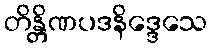
တိန္တိဏပဒနိဒ္ဒေသေ